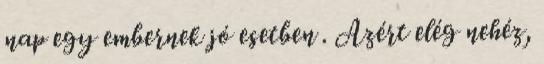
nap egy embernek jó esetben . Azért elég nehéz,